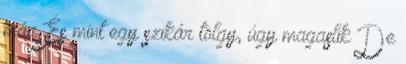
már És mint egy szikár tölgy, úgy magaslik De